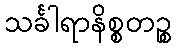
သင်္ခါရာနိစ္စတဉ္စ